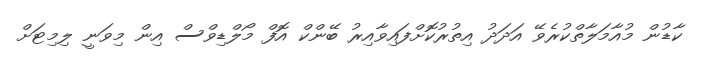
ކާޑުން މުއާމަލާތްކުރެވޭ އަދަދު އިތުރުކޮށްފައިވާއިރު ބޭންކް އޮފް މޯލްޑިވްސް އިން މިވަނީ ލިމިޓަށް